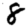
Digit: 8